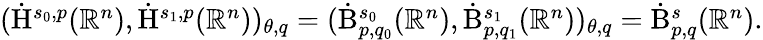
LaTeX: \begin{array}{r}{(\dot{\mathrm{H}}^{s_{0},p}(\mathbb{R}^{n}),\dot{\mathrm{H}}^{s_{1},p}(\mathbb{R}^{n}))_{\theta,q}=(\dot{\mathrm{B}}_{p,q_{0}}^{s_{0}}(\mathbb{R}^{n}),\dot{\mathrm{B}}_{p,q_{1}}^{s_{1}}(\mathbb{R}^{n}))_{\theta,q}=\dot{\mathrm{B}}_{p,q}^{s}(\mathbb{R}^{n})\mathrm{.}}\end{array}